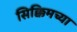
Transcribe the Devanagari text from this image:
सिक्किमच्या